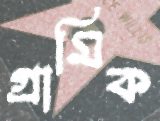
গ্রামিক